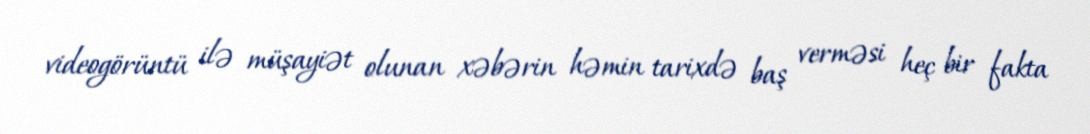
videogörüntü ilə müşayiət olunan xəbərin həmin tarixdə baş verməsi heç bir fakta